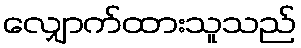
လျှောက်ထားသူသည်